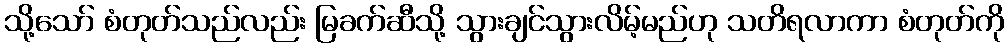
သို့သော် စံတုတ်သည်လည်း မြခက်ဆီသို့ သွားချင်သွားလိမ့်မည်ဟု သတိရလာကာ စံတုတ်ကို